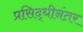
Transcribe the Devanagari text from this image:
प्रसिद्धीनंतर